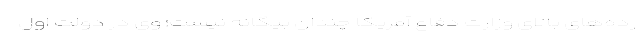
رده‌های بالای وزارت دفاع آمریکا چندان بیگانه نیست؛ وی در دولت اول